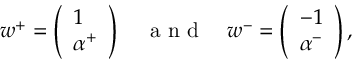
\begin{array} { r } { w ^ { + } = \left( \begin{array} { l } { 1 } \\ { \alpha ^ { + } } \end{array} \right) \quad \mathrm { ~ a ~ n ~ d ~ } \quad w ^ { - } = \left( \begin{array} { l } { - 1 } \\ { \alpha ^ { - } } \end{array} \right) , } \end{array}